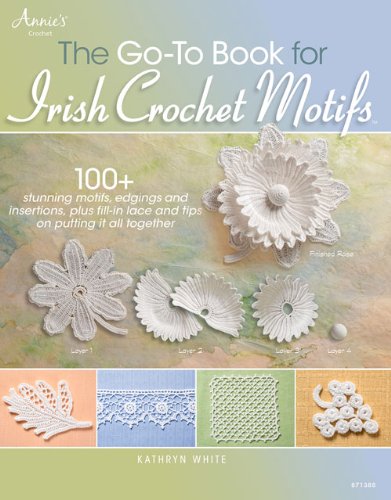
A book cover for The Go-To Book for Irish Crochet Motifs; Kathryn White; Crafts, Hobbies & Home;